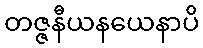
တဇ္ဇနီယနယေနာပိ